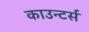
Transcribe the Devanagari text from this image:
काउन्टर्स